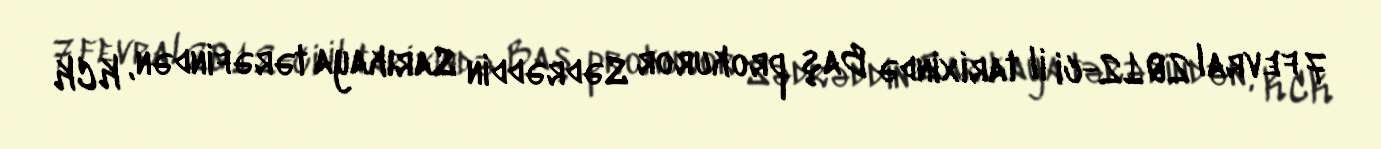
7 fevral 2012-ci il tarixində Baş prokuror Sədrəddin Sarıkaya tərəfindən, KCK